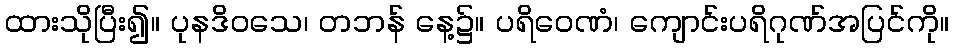
ထားသိုပြီး၍။ ပုနဒိဝသေ၊ တဘန် နေ့၌။ ပရိဝေဏံ၊ ကျောင်းပရိဂုဏ်အပြင်ကို။